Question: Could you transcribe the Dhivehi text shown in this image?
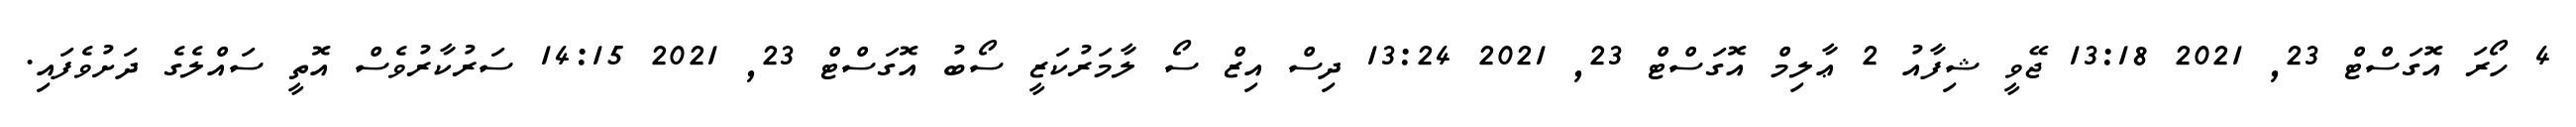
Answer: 4 ހޯރަ އޮގަސްޓް 23, 2021 13:18 ޖޭވީ ޝިފާއު 2 ޢާލިމް އޮގަސްޓް 23, 2021 13:24 ދިސް އިޒް ސޯ ލާމަރުކަޒީ ސޯބު އޮގަސްޓް 23, 2021 14:15 ސަރުކާރުވެސް އޮތީ ސައްލެގެ ދަށުވެފައި.